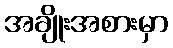
အချိုးအစားမှာ